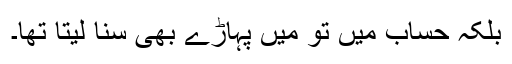
بلکہ حساب میں تو میں پہاڑے بھی سنا لیتا تھا۔